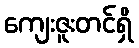
ကျေးဇူးတင်ရှိ